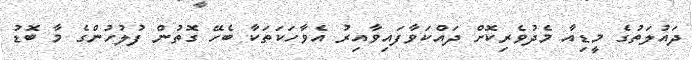
ދައުލަތުގެ މީޑިއާ މެދުވެރިކޮށް ދައްކަވާފައިވާއިރު އެވާހަކަތަކާ ބެހޭ ގޮތުން ފުލުހުންގެ މާ ބޮޑު